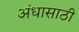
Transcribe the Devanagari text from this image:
अंधासाठी